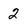
Character: 2